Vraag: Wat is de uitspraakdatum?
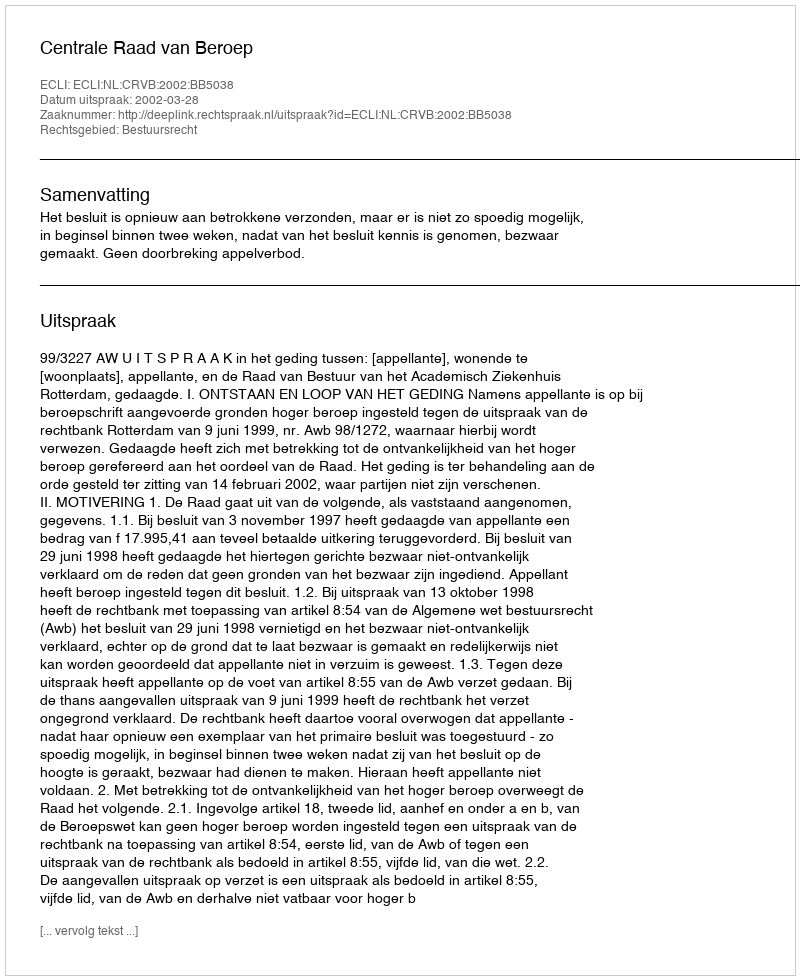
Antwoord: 2002-03-28